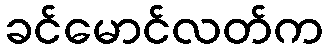
ခင်မောင်လတ်က